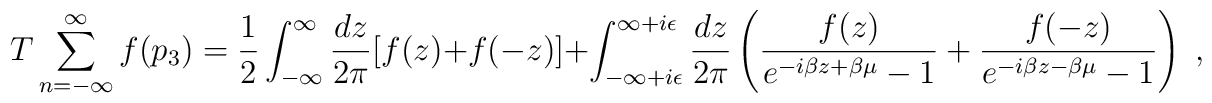
T\sum^{\infty}_{n=-\infty}f(p_3)=\frac{1}{2}\int_{-\infty}^\infty \frac{dz}{2\pi}[f(z)+f(-z)]+\int_{-\infty+i\epsilon}^{\infty+i\epsilon}\frac{dz}{2\pi}\left(\frac{f(z)}{e^{-i\beta z+\beta\mu}-1}+\frac{f(-z)}{e^{-i\beta z-\beta\mu}-1}\right)\;,